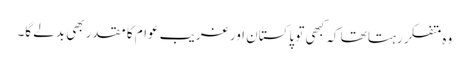
وہ متفکر رہتا تھا کہ کبھی تو پاکستان اور غریب عوام کا مقدر بھی بدلے گا۔